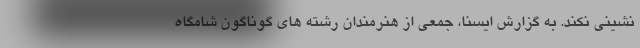
نشینی نکند. به گزارش ایسنا، جمعی از هنرمندان رشته های گوناگون شامگاه